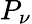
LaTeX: P_{\nu}